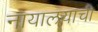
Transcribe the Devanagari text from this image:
नायालयाची